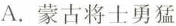
A.蒙古将士勇猛